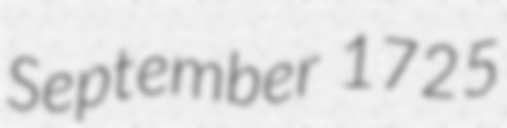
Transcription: September 1725